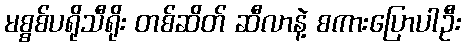
မစ္စစ်ပရိုသီရိုး တစ်ဆိတ် ဆီလာနဲ့ စကားပြောပါဦး